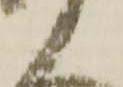
衛